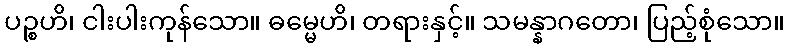
ပဉ္စဟိ၊ ငါးပါးကုန်သော။ ဓမ္မေဟိ၊ တရားနှင့်။ သမန္နာဂတော၊ ပြည့်စုံသော။